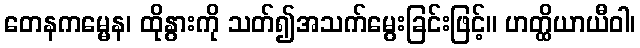
တေနကမ္မေန၊ ထိုနွားကို သတ်၍အသက်မွေးခြင်းဖြင့်။ ဟတ္ထိယာယီဝါ၊